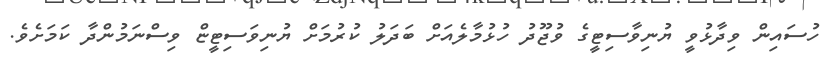
ހުސައިން ވިދާޅުވީ ޔުނިވާސިޓީގެ ވުޖޫދު ހުޅުމާލެއަށް ބަދަލު ކުރުމަށް ޔުނިވަސިޓީޏް ވިސްނަމުންދާ ކަމަށެވެ.